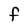
Character: F